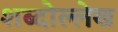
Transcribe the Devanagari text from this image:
शब्दोल्लेख